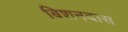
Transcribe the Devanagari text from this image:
बिशनदास